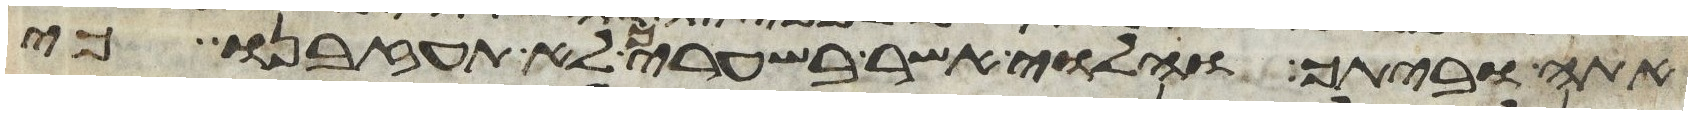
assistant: אתה וביתך והלוי אשר בשעריך לא תעזבנו כי